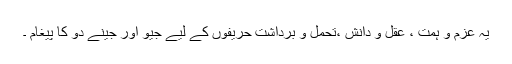
یہ عزم و ہمت ، عقل و دانش ،تحمل و برداشت حریفوں کے لیے جیو اور جینے دو کا پیغام ۔